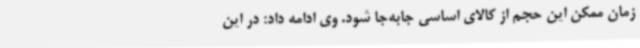
زمان ممکن این حجم از کالای اساسی جابه‌جا شود. وی ادامه داد: در این